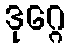
ဒုဂ္ဂေ